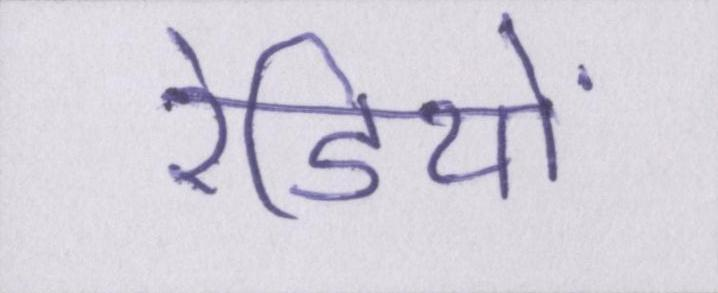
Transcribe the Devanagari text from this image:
रेडियो